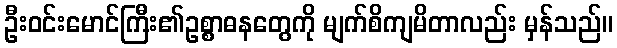
ဦးဝင်းမောင်ကြီး၏ဥစ္စာဓနတွေကို မျက်စိကျမိတာလည်း မှန်သည်။